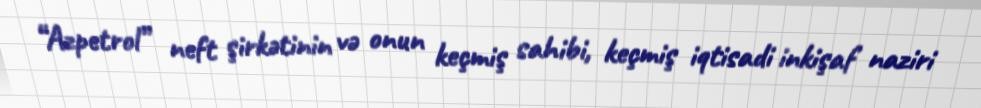
“Azpetrol” neft şirkətinin və onun keçmiş sahibi, keçmiş iqtisadi inkişaf naziri